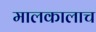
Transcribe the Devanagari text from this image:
मालकालाच